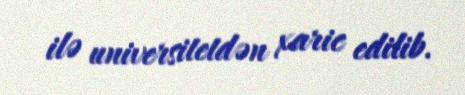
ilə universitetdən xaric edilib.